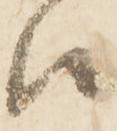
候